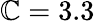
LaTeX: \mathbb{C}=3.3